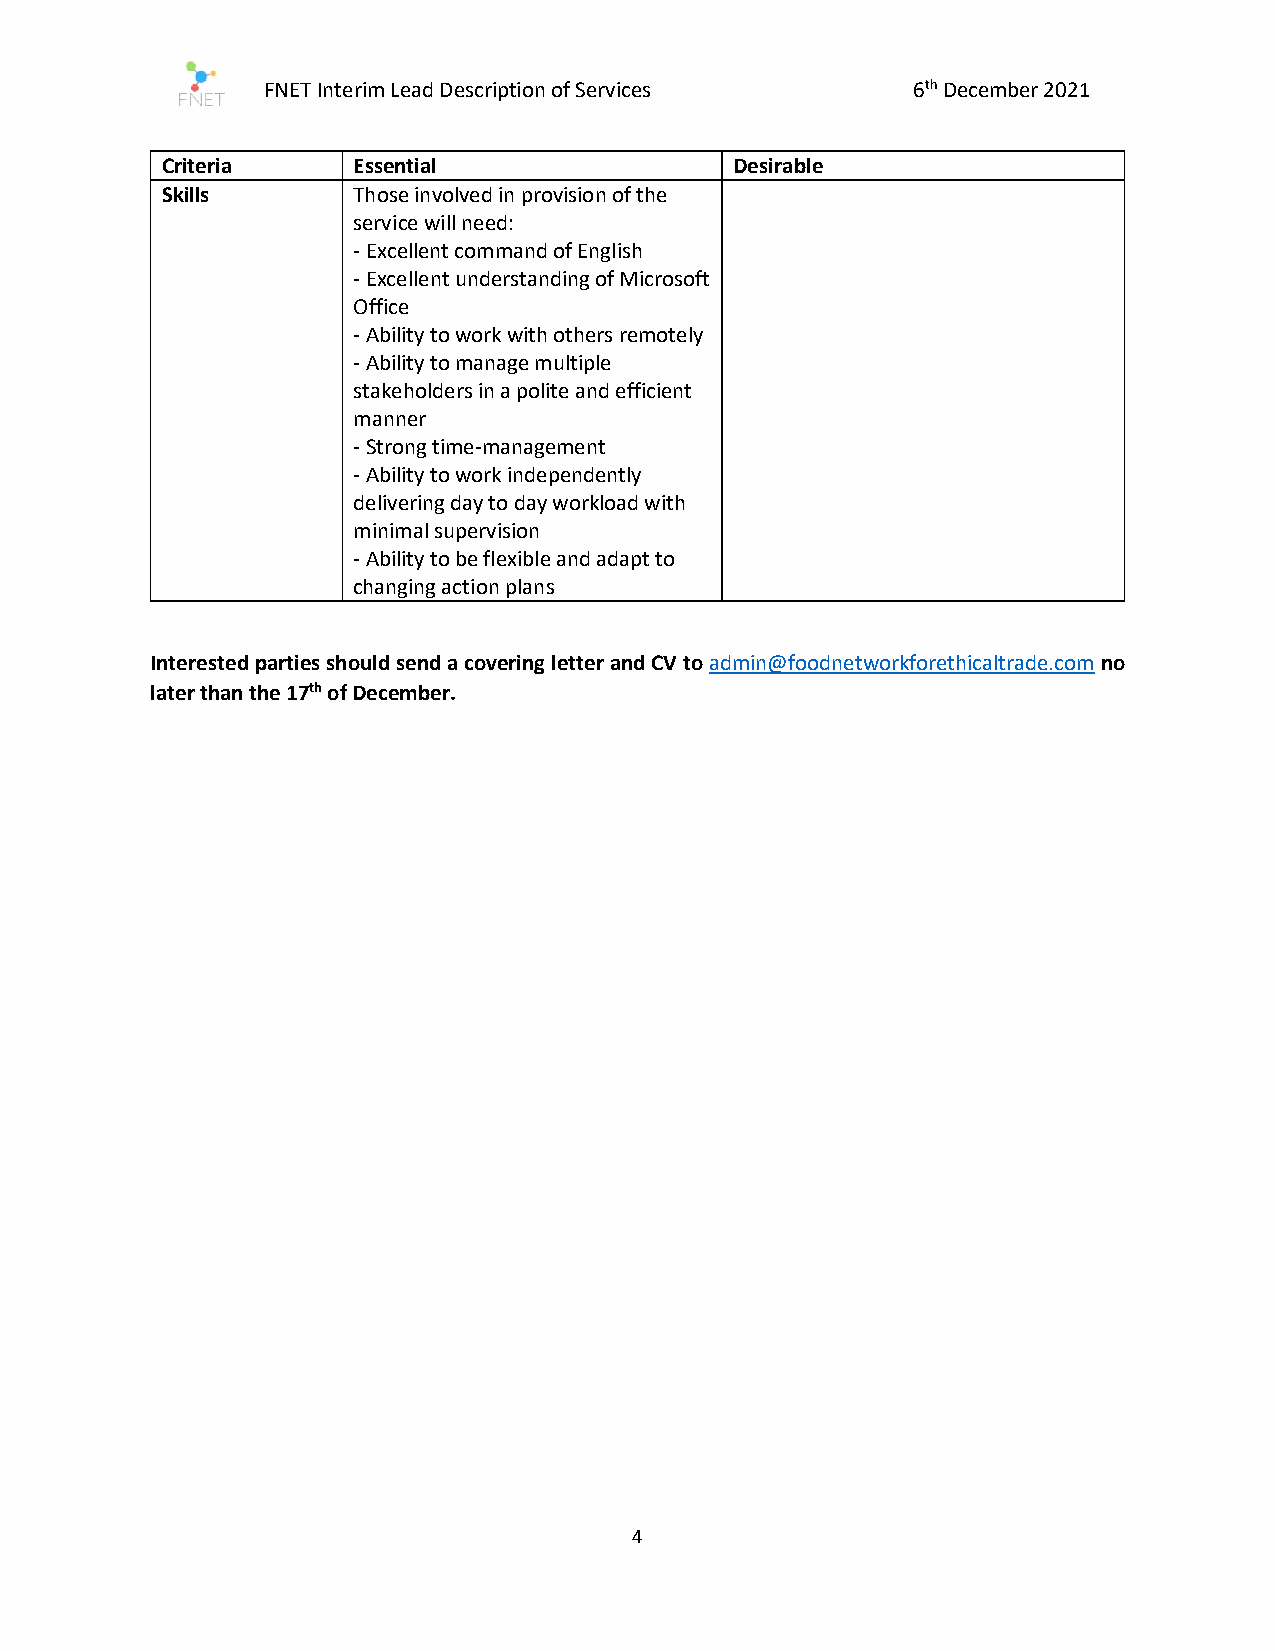
FNET Interim Lead Description of Services  6th December 2021
 Criteria    Essential                 Desirable
 Skills      Those involved in provision of the
 service will need:
 - Excellent command of English
 - Excellent understanding of Microsoft
 Office
 - Ability to work with others remotely
 - Ability to manage multiple
 stakeholders in a polite and efficient
 manner
 - Strong time-management
 - Ability to work independently
 delivering day to day workload with
 minimal supervision
 - Ability to be flexible and adapt to
 changing action plans
 Interested parties should send a covering letter and CV to admin@foodnetworkforethicaltrade.com no
 later than the 17th of December.
 4